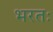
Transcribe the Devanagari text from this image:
भरतः